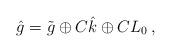
LaTeX: \begin{align*}\hat{g}=\tilde{g}\oplus C\hat{k}\oplus C L_{0}\,,\end{align*}